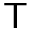
\sf T